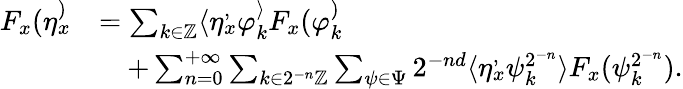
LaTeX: \begin{array}{rl}{F_{x}(\eta_{x}^)}&{=\sum_{k\in\mathbb{Z}}\langle\eta_{x}^,\varphi_{k}^\rangle F_{x}(\varphi_{k}^)}\\ &{\quad+\sum_{n=0}^{+\infty}\sum_{k\in 2^{-n}\mathbb{Z}}\sum_{\psi\in\Psi}2^{-nd}\langle\eta_{x}^,\psi_{k}^{2^{-n}}\rangle F_{x}(\psi_{k}^{2^{-n}}).}\end{array}